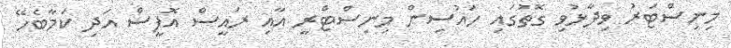
މިނިސްޓަރު ވިދާޅުވި ގޮތުގައި ހައުސިން މިނިސްޓްރީ އާއި ރައީސް އޮފީސް އަދި ކަމާބެހޭ